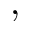
,